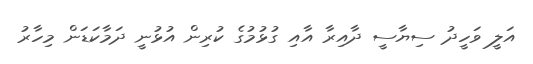
އަލީ ވަހީދު ސިޔާސީ ދާއިރާ އާއި ގުޅުމުގެ ކުރިން އުޅުނީ ދަމާކަޑަން މިހާރު